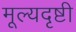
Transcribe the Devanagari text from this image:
मूल्यदृष्टी